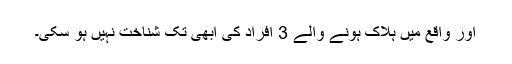
اور واقع میں ہلاک ہونے والے 3 افراد کی ابھی تک شناخت نہیں ہو سکی۔